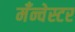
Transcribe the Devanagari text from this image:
मँन्चेस्टर